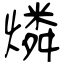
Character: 燐